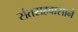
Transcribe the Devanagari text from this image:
संतसहवासाने